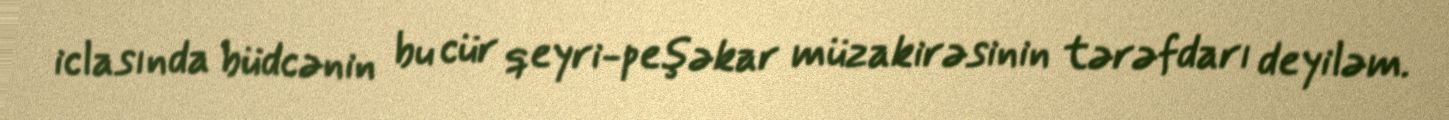
iclasında büdcənin bu cür qeyri-peşəkar müzakirəsinin tərəfdarı deyiləm.